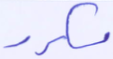
مكرر